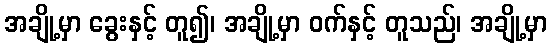
အချို့မှာ ခွေးနှင့် တူ၍၊ အချို့မှာ ဝက်နှင့် တူသည်၊ အချို့မှာ